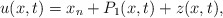
\begin{align*}u(x,t) = x_n + P_1(x,t) + z(x,t),\end{align*}